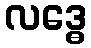
လဒ္ဓေ